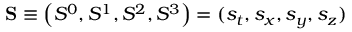
\mathbf { S } \equiv \left( S ^ { 0 } , S ^ { 1 } , S ^ { 2 } , S ^ { 3 } \right) = ( s _ { t } , s _ { x } , s _ { y } , s _ { z } )